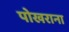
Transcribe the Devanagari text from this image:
पोखराना